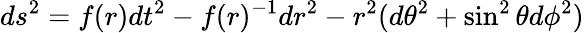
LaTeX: ds^{2}=f(r)dt^{2}-f(r)^{-1}dr^{2}-r^{2}(d\theta^{2}+\sin^{2}\theta d\phi^{2})